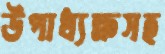
উপাধ্যক্ষসহ